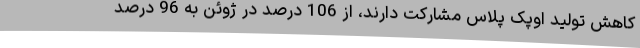
کاهش تولید اوپک پلاس مشارکت دارند، از 106 درصد در ژوئن به 96 درصد